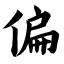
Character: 偏